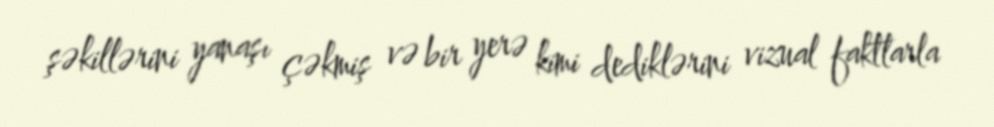
şəkillərini yanaşı çəkmiş və bir yerə kimi dediklərini vizual faktlarla